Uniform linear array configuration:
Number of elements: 48
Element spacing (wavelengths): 0.5
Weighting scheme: uniform
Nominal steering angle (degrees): -15
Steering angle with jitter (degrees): -16.725
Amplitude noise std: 0.05
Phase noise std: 0.05

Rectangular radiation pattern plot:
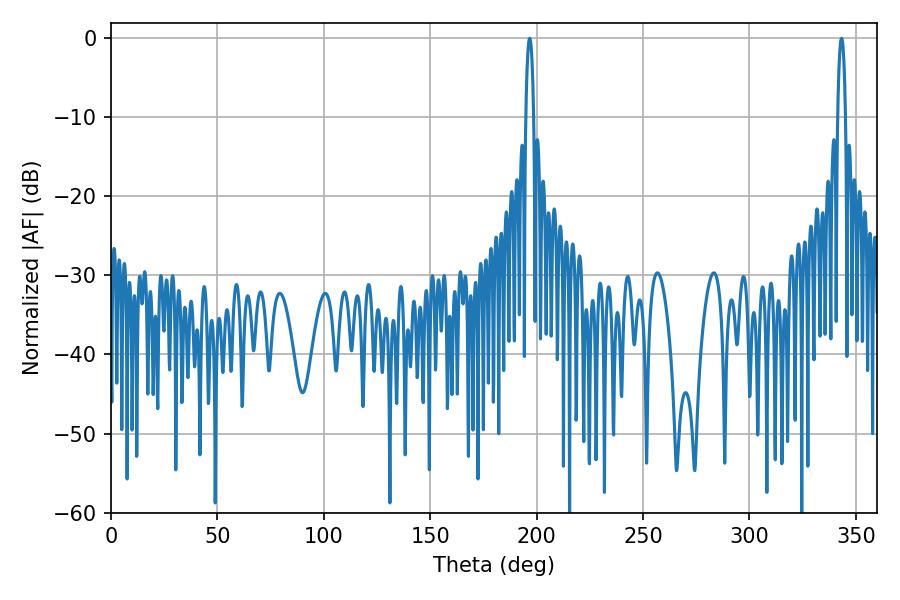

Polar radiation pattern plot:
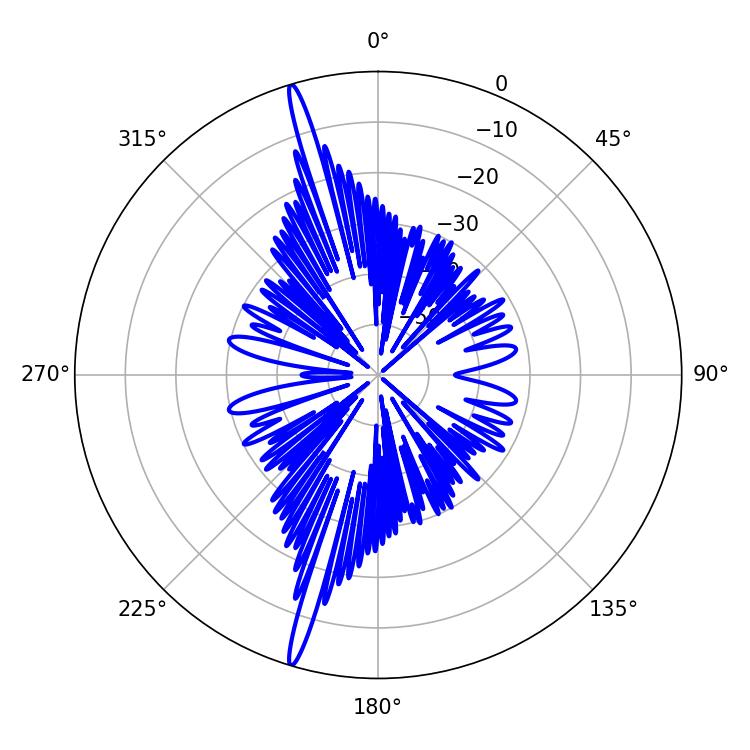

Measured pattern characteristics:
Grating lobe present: FALSE
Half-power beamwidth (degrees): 2.16
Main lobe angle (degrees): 196.74